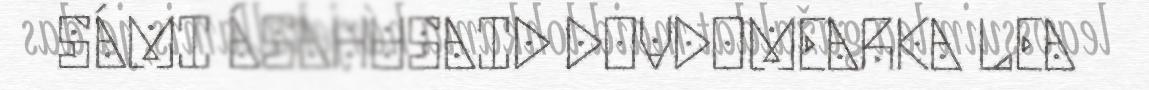
SÁMI ÁSAHUSAID DOVDOMEARKA LEA